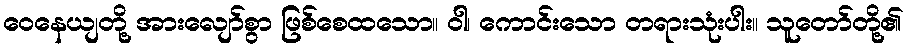
ဝေနေယျတို့ အားလျော်စွာ ဖြစ်စေထသော။ ဝါ၊ ကောင်းသော တရားသုံးပါး။ သူတော်တို့၏